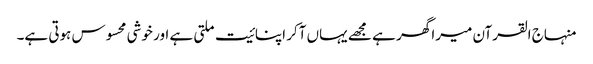
منہاج القرآن میرا گھر ہے مجھے یہاں آکر اپنائیت ملتی ہے اور خوشی محسوس ہوتی ہے۔